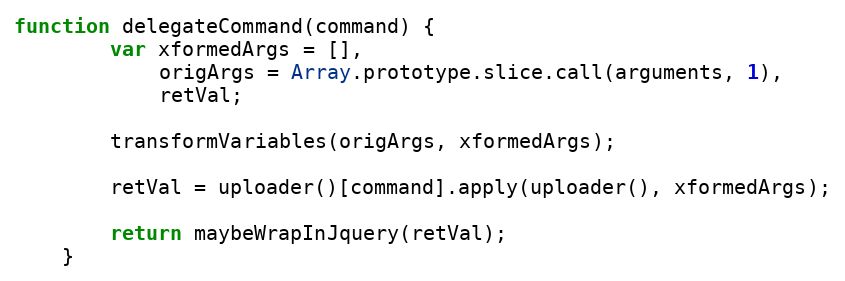
Language: JavaScript
function delegateCommand(command) {
        var xformedArgs = [],
            origArgs = Array.prototype.slice.call(arguments, 1),
            retVal;

        transformVariables(origArgs, xformedArgs);

        retVal = uploader()[command].apply(uploader(), xformedArgs);

        return maybeWrapInJquery(retVal);
    }